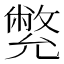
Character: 𠒳